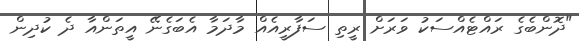
"ދޮންބެގެ ރައްޓެއްސަކު ވަރަށް ރީތި ސަފާރީއެއް މާދަމާ އެބަގެނޭ އީތަންއާ ދެ ކުދިން